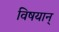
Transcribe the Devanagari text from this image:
विषयान्